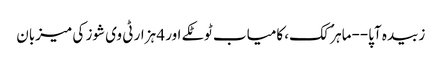
زبیدہ آپا--ماہر ُکک، کامیاب ٹوٹکے اور 4 ہزار ٹی وی شوز کی میزبان